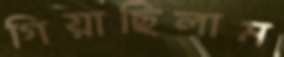
গিয়াছিলাম